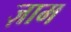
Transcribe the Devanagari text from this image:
ज़ाम